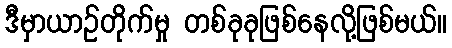
ဒီမှာယာဉ်တိုက်မှု တစ်ခုခုဖြစ်နေလို့ဖြစ်မယ်။